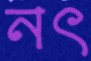
নৎ